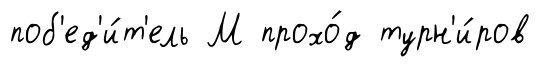
поб'ед'и́т'ель М прохо́д турн'и́ров